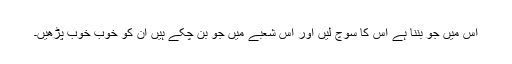
اس میں جو بننا ہے اس کا سوچ لیں اور اس شعبے میں جو بن چکے ہیں ان کو خوب خوب پڑھیں۔